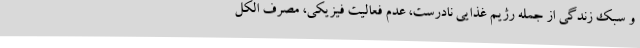
و سبک زندگی از جمله رژیم غذایی نادرست، عدم فعالیت فیزیکی، مصرف الکل